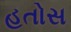
હતોસ